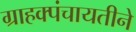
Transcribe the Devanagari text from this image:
ग्राहक्पंचायतीने